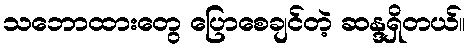
သဘောထားတွေ ပြောစေချင်တဲ့ ဆန္ဒရှိတယ်။